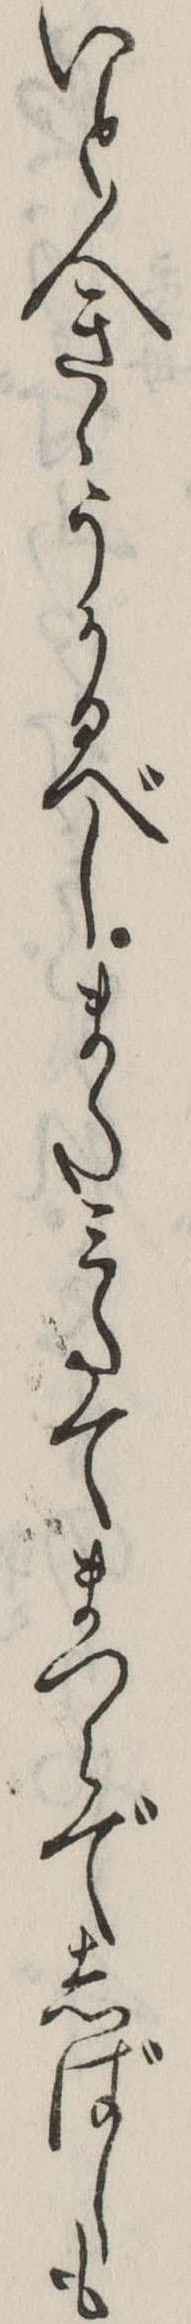
いと人きゝうかるべしまたみたてまつらでしばしも